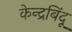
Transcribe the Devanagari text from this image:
केन्द्रबिंदू